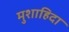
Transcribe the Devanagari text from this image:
मुशाहिदा